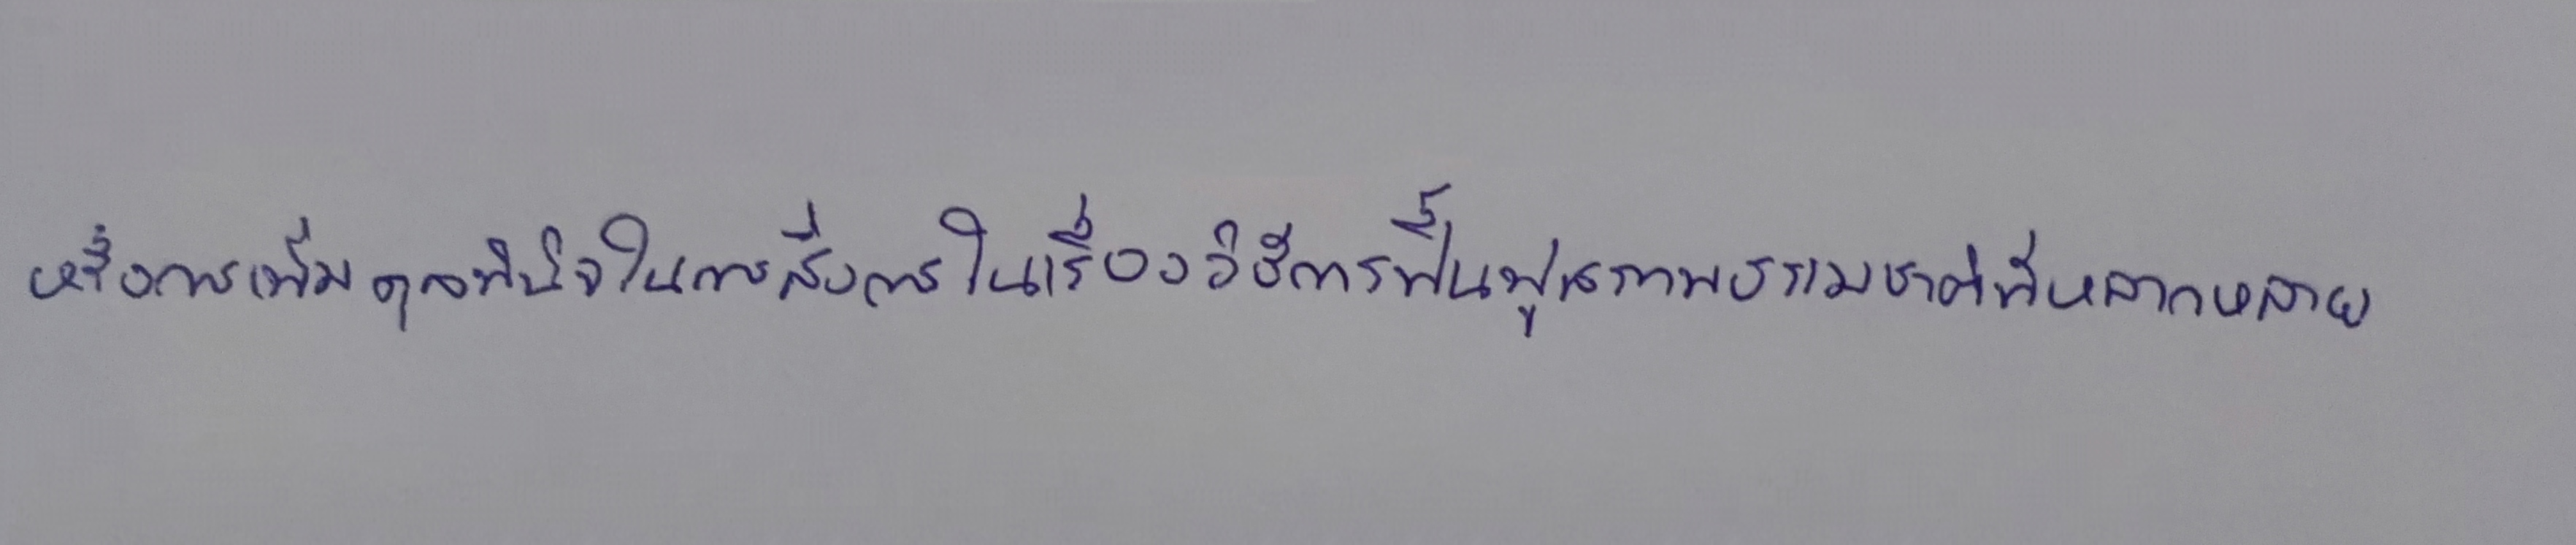
หรือการเพิ่มดุลพินิจในการสั่งการในเรื่องวิธีการฟื้นฟูสภาพธรรมชาติที่หลากหลาย